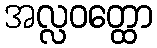
အလ္လဝတ္ထော